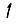
Digit: 1